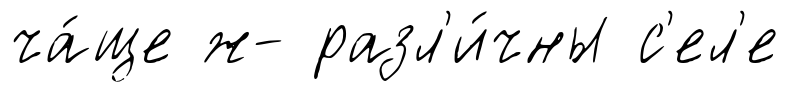
ча́ще ж- разл'и́чны с'ел'е